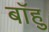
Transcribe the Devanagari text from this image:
बाँहु